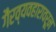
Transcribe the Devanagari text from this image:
गैरव्यवहारावरून